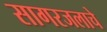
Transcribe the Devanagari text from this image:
सागरजलाचे